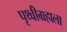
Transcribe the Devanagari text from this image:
पृथ्वीग्रहाला